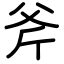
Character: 斧